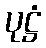
ပုဋ္ဌံ